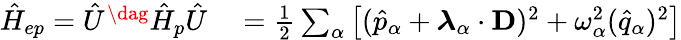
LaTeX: \begin{array}{rl}{\hat{H}_{ep}=\hat{U}^{\dag}\hat{H}_{p}\hat{U}}&{{}=\frac{1}{2}\sum_{\alpha}\left[(\hat{p}_{\alpha}+\boldsymbol{\lambda}_{\alpha}\cdot\mathbf{D})^{2}+\omega_{\alpha}^{2}(\hat{q}_{\alpha})^{2}\right]}\end{array}